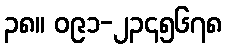
၃၈။ ၀၉၁-၂၃၄၅၆၇၈